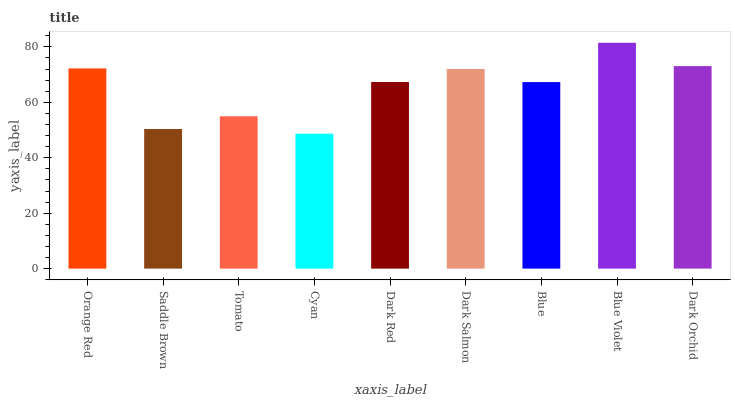
| xaxis_label | bars |
 | --- | --- |
 | Orange Red | 72.2 |
 | Saddle Brown | 50.4 |
 | Tomato | 55 |
 | Cyan | 48.7 |
 | Dark Red | 67.3 |
 | Dark Salmon | 72 |
 | Blue | 67.3 |
 | Blue Violet | 81.5 |
 | Dark Orchid | 73.1 |